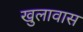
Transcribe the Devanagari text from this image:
खुलावास